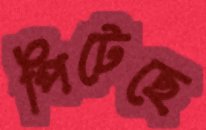
পিটেছে